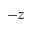
- z